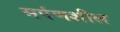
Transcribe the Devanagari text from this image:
सर्पणशील